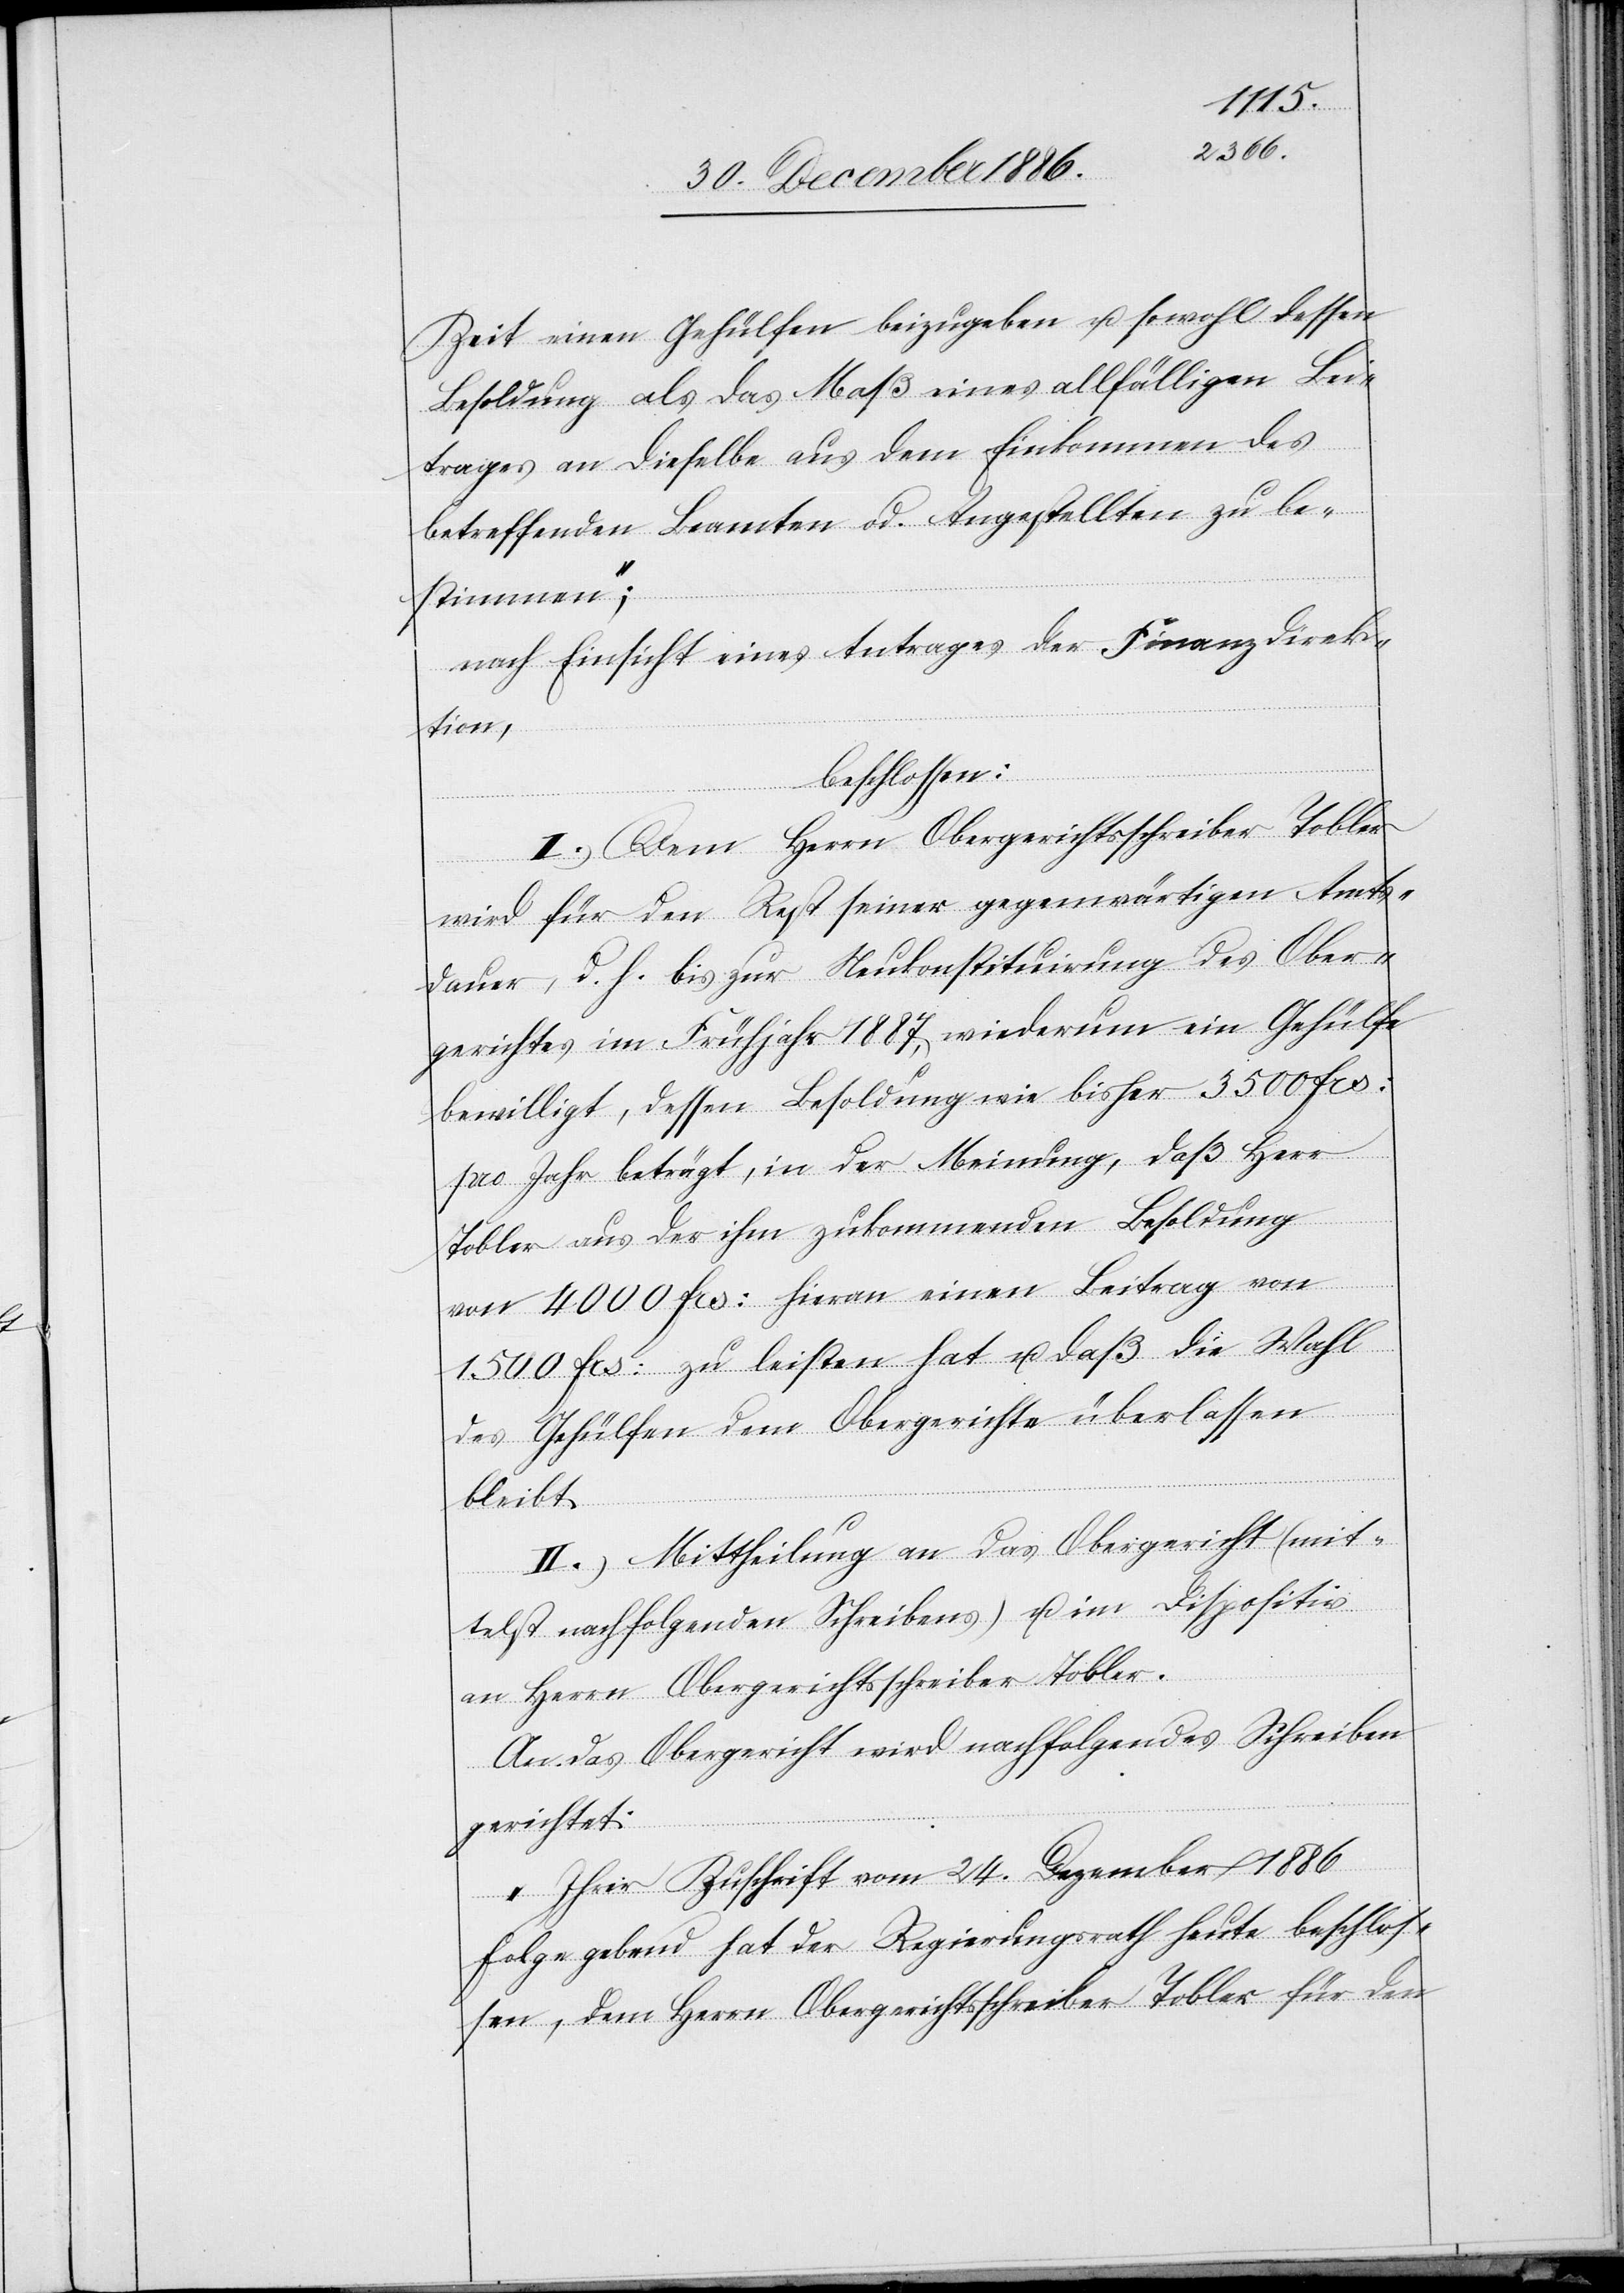
Zeit einen Gehülfen beizugeben u. sowohl dessen
Besoldung als das Maß eines allfälligen Bei¬
trages an dieselbe aus dem Einkommen des
betreffenden Beamten od. Angestellten zu be¬
stimmen“;
nach Einsicht eines Antrages der Finanzdirek¬
tion,
beschlossen:
I.) Dem Herrn Obergerichtsschreiber Tobler
wird für den Rest seiner gegenwärtigen Amts¬
dauer, d. h. bis zur Neukonstituirung des Ober¬
gerichtes im Frühjahr 1887, wiederum ein Gehülfe
bewilligt, dessen Besoldung wie bisher 3500 Frs:
pro Jahr beträgt, in der Meinung, daß Herr
Tobler aus der ihm zukommenden Besoldung
von 4000 Frs: hieran einen Beitrag von
1500 Frs: zu leisten hat u. daß die Wahl
des Gehülfen dem Obergerichte überlassen
bleibt.
II.) Mittheilung an das Obergericht (mit¬
telst nachfolgenden Schreibens) u. im Dispositiv
an Herrn Obergerichtsschreiber Tobler.
An das Obergericht wird nachfolgendes Schreiben
gerichtet:
„Ihrer Zuschrift vom 24. Dezember 1886
Folge gebend hat der Regierungsrath heute beschlos¬
sen, dem Herrn Obergerichtsschreiber Tobler für den